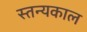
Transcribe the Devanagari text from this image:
स्तन्यकाल